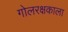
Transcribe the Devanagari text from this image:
गोलरक्षकाला